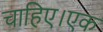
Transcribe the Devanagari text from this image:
चाहिए।एक